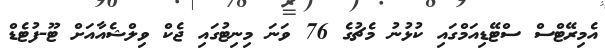
އެމިރޭޓްސް ސްޓޭޑިއަމްގައި ކުޅުނު މެޗުގެ 76 ވަނަ މިނިޓުގައި ޖެކް ވިލްޝެއާއަށް ޓޫ-ފުޓެޑް